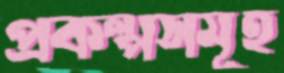
প্রকল্পসমূহ